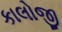
કાલોજી